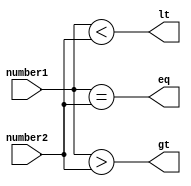
module serial_comparator (
    input [3:0] number1,
    input [3:0] number2,
    output eq,
    output lt,
    output gt
);

assign eq = (number1 == number2);
assign lt = (number1 < number2);
assign gt = (number1 > number2);

endmodule